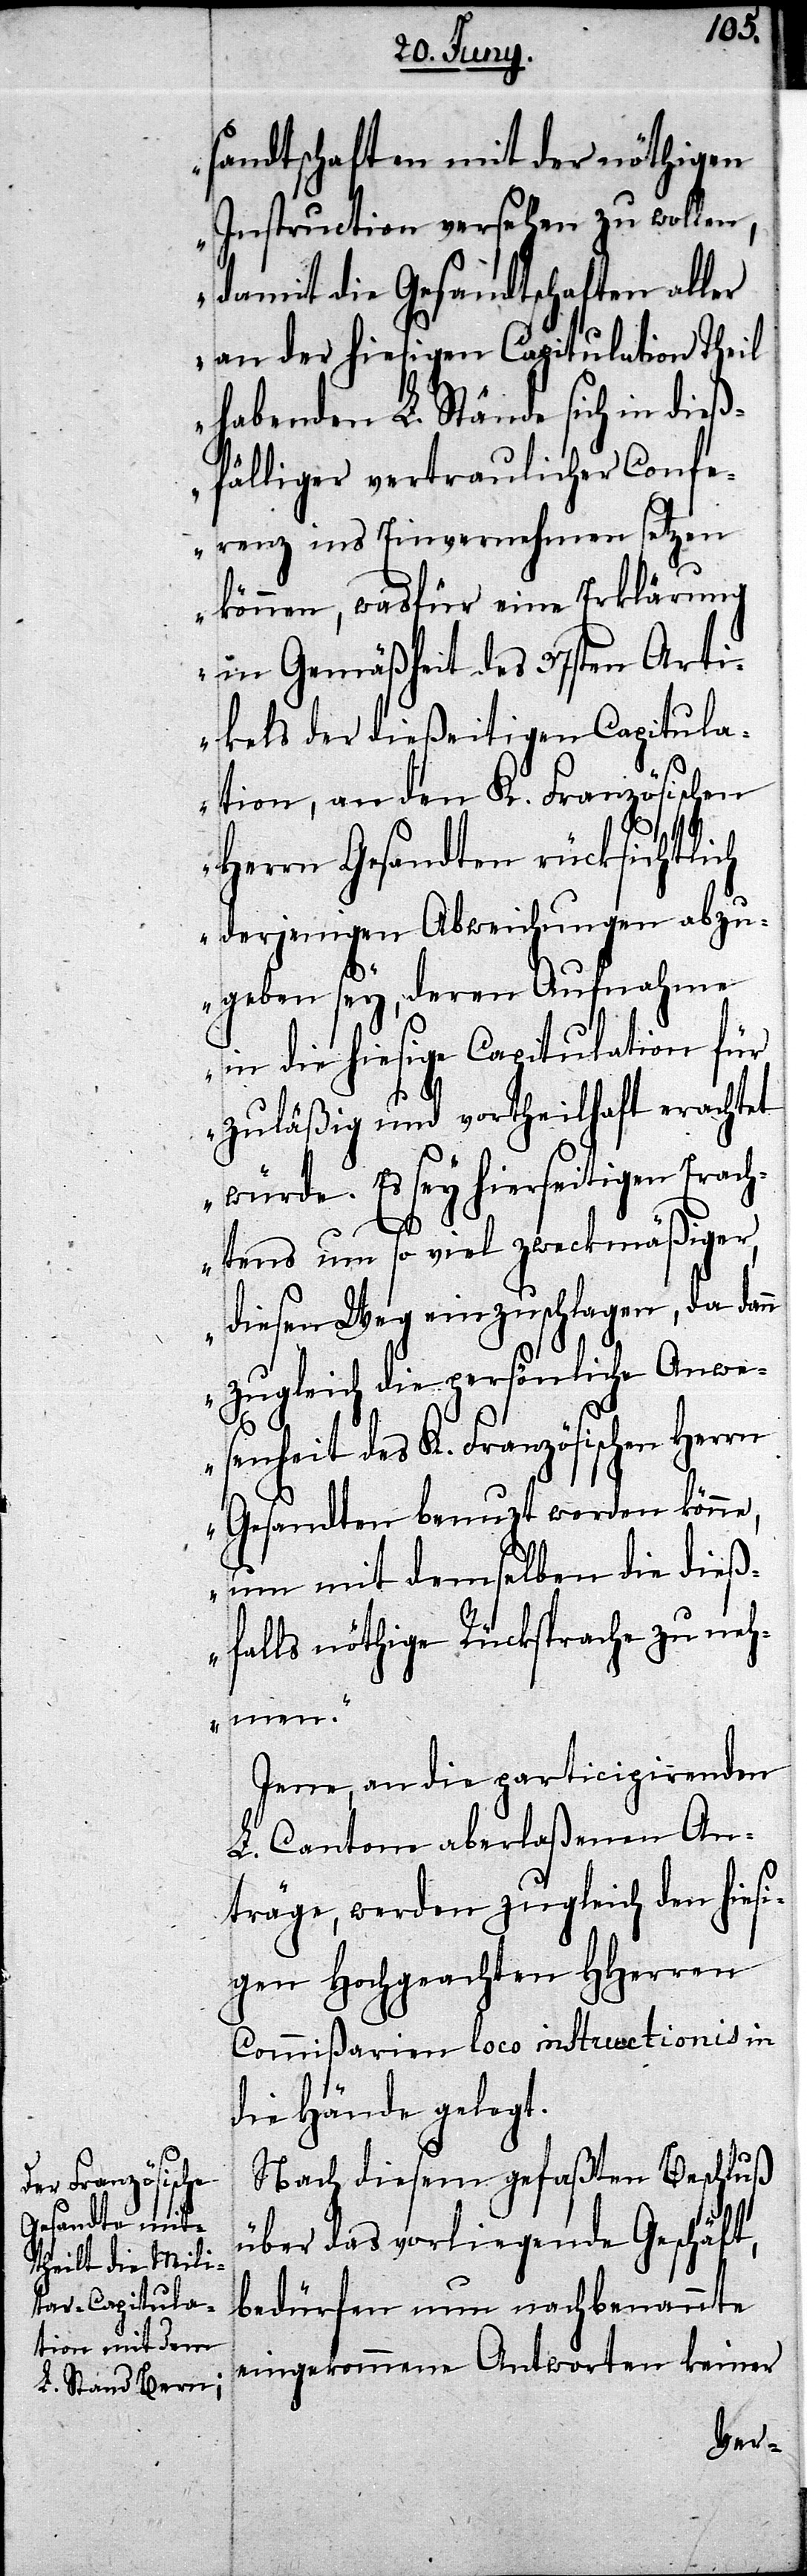
sandtschaften mit der nöthigen
Instruction versehen zu wollen,
damit die Gesandtschaften aller
an der hiesigen Capitulation Theil
habenden L. Stände sich in dieß¬
fälliger vertraulicher Confe¬
renz ins Einvernehmen setzen
können, was für eine Erklärung
in Gemäßheit des 37sten Arti¬
kels der dießeitigen Capitula¬
tion, an den K. Französischen
Herrn Gesandten rücksichtlich
derjenigen Abweichungen abzu¬
geben sey, deren Aufnahme
in die hiesige Capitulation für
zuläßig und vortheilhaft erachtet
würde. Es sey hierseitigen Erach¬
tens um so viel zweckmäßiger,
diesen Weg einzuschlagen, da dan¬
n zugleich die persönliche Anwe¬
senheit des K. Französischen Herrn
Gesandten benuzt werden könne,
um mit demselben die dieß¬
falls nöthige Rücksprache zu neh¬
men.“
Jene, an die participirenden
L. Cantone aberlaßenen An¬
träge, werden zugleich den hiesi¬
gen Hochgeachten HHerren
Commißarien loco instructionis in
die Hände gelegt.
Nach diesem gefaßten Beschluß
über das vorliegende Geschäft,
bedürfen nun nachbenannte
eingekommene Antworten keiner